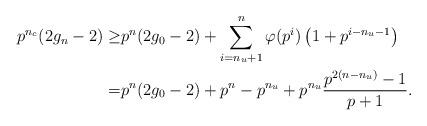
LaTeX: \begin{align*}p^{n_c} (2g_n-2) \geq& p^n (2g_0-2) + \sum_{i=n_u+1}^n \varphi(p^i) \left( 1 + p^{i-n_u-1} \right) \\=& p^n (2g_0-2) +p^n-p^{n_u}+ p^{n_u} \frac{p^{2(n-n_u)}-1}{p+1}. \end{align*}